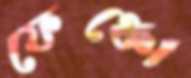
ফেঞ্চো